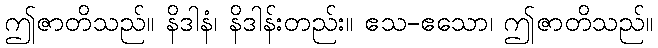
ဤဇာတိသည်။ နိဒါနံ၊ နိဒါန်းတည်း။ ဧသ-ဧသော၊ ဤဇာတိသည်။